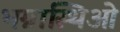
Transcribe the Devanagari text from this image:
भग्नास्थिओं